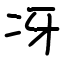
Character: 冴